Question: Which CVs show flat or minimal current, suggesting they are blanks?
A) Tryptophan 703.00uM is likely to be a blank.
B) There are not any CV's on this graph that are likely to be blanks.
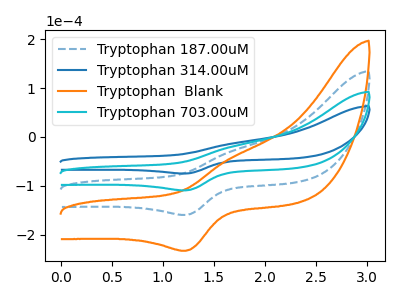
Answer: <think>The blue dashed curve "Tryptophan 187.00uM" has an anodic peak at (1.70V, -39.55uA) and a cathodic peak at (1.25V, -218.65uA). The blue curve "Tryptophan 314.00uM" has an anodic peak at (1.70V, -13.55uA) and a cathodic peak at (1.25V, -74.90uA). The orange curve "Tryptophan  Blank" has an anodic peak at (1.70V, -59.30uA) and a cathodic peak at (1.25V, -328.00uA). The cyan curve "Tryptophan 703.00uM" has an anodic peak at (1.70V, -19.75uA) and a cathodic peak at (1.25V, -109.35uA).</think>
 <answer>B) There are not any CV's on this graph that are likely to be blanks.</answer>
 <eval>B</eval>